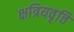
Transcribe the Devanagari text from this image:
क्षत्रियवृत्ति